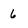
Character: 6